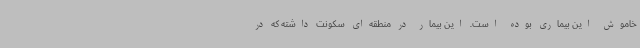
خاموش این بیماری بوده است. این بیمار در منطقه‌ای سکونت داشته که در